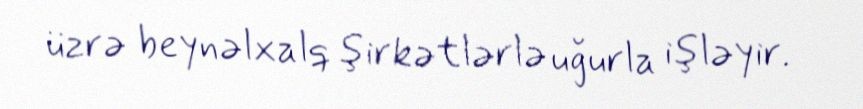
üzrə beynəlxalq şirkətlərlə uğurla işləyir.